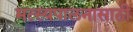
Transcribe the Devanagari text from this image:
मत्‍स्यपालनासाठी